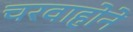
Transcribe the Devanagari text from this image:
चरवाहोने